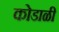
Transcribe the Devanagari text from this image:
कोडाळी